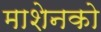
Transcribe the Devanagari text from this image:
माशेनको